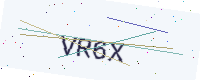
Text: VR6X